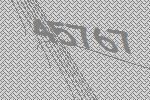
45767